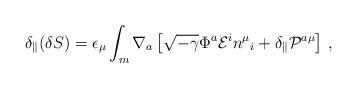
LaTeX: \begin{align*}\delta_\parallel ( \delta S ) =\epsilon_\mu \int_m \nabla_a \left[\sqrt{-\gamma} \Phi^a {\cal E}^i n^\mu{}_i + \delta_ \parallel {\cal P}^{a\mu}\right] \,,\end{align*}